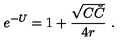
e ^ { - U } = 1 + { \frac { \sqrt { C \bar { C } } } { 4 r } } \ .